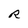
Character: R